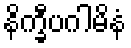
နိက္ခီပဂါမိနံ